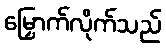
မြှောက်လိုက်သည်